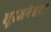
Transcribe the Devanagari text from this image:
शूरजनेश्वरः।